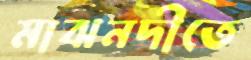
মাঝনদীতে